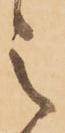
之